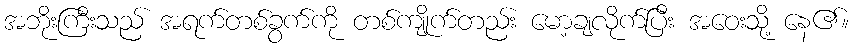
အဘိုးကြီးသည် အရက်တစ်ခွက်ကို တစ်ကျိုက်တည်း မော့ချလိုက်ပြီး အဝေးသို့ နေ၏။